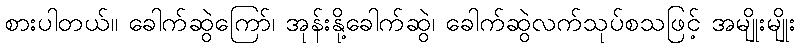
စားပါတယ်။ ခေါက်ဆွဲကြော်၊ အုန်းနို့ခေါက်ဆွဲ၊ ခေါက်ဆွဲလက်သုပ်စသဖြင့် အမျိုးမျိုး